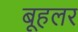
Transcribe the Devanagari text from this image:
बूहलर